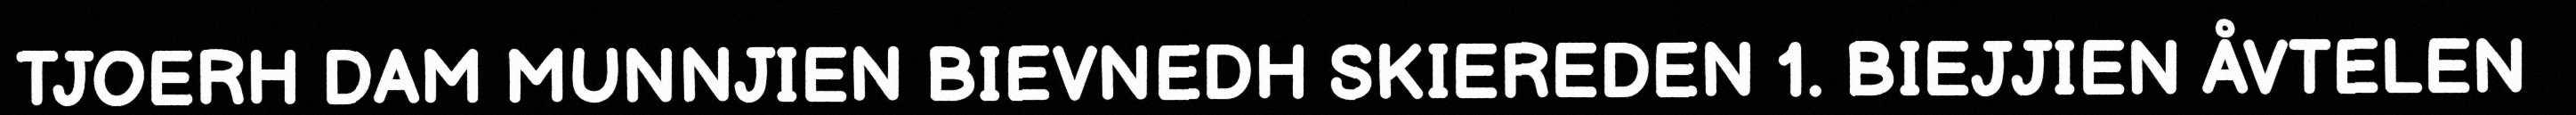
TJOERH DAM MUNNJIEN BIEVNEDH SKIEREDEN 1. BIEJJIEN ÅVTELEN